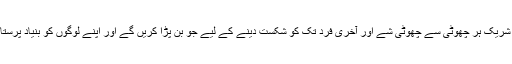
بھروسہ رکھیں، ہم داعش کے پاگل پن میں شریک ہر چھوٹی سے چھوٹی شے اور آخری فرد تک کو شکست دینے کے لیے جو بن پڑا کریں گے اور اپنے لوگوں کو بنیاد پرستانہ اسلامی دہشت گردی سے تحفظ دیں گے۔